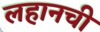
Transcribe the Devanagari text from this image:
लहानची